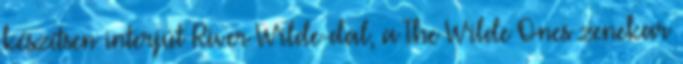
készítsen interjút River Wilde-dal, a The Wilde Ones zenekar